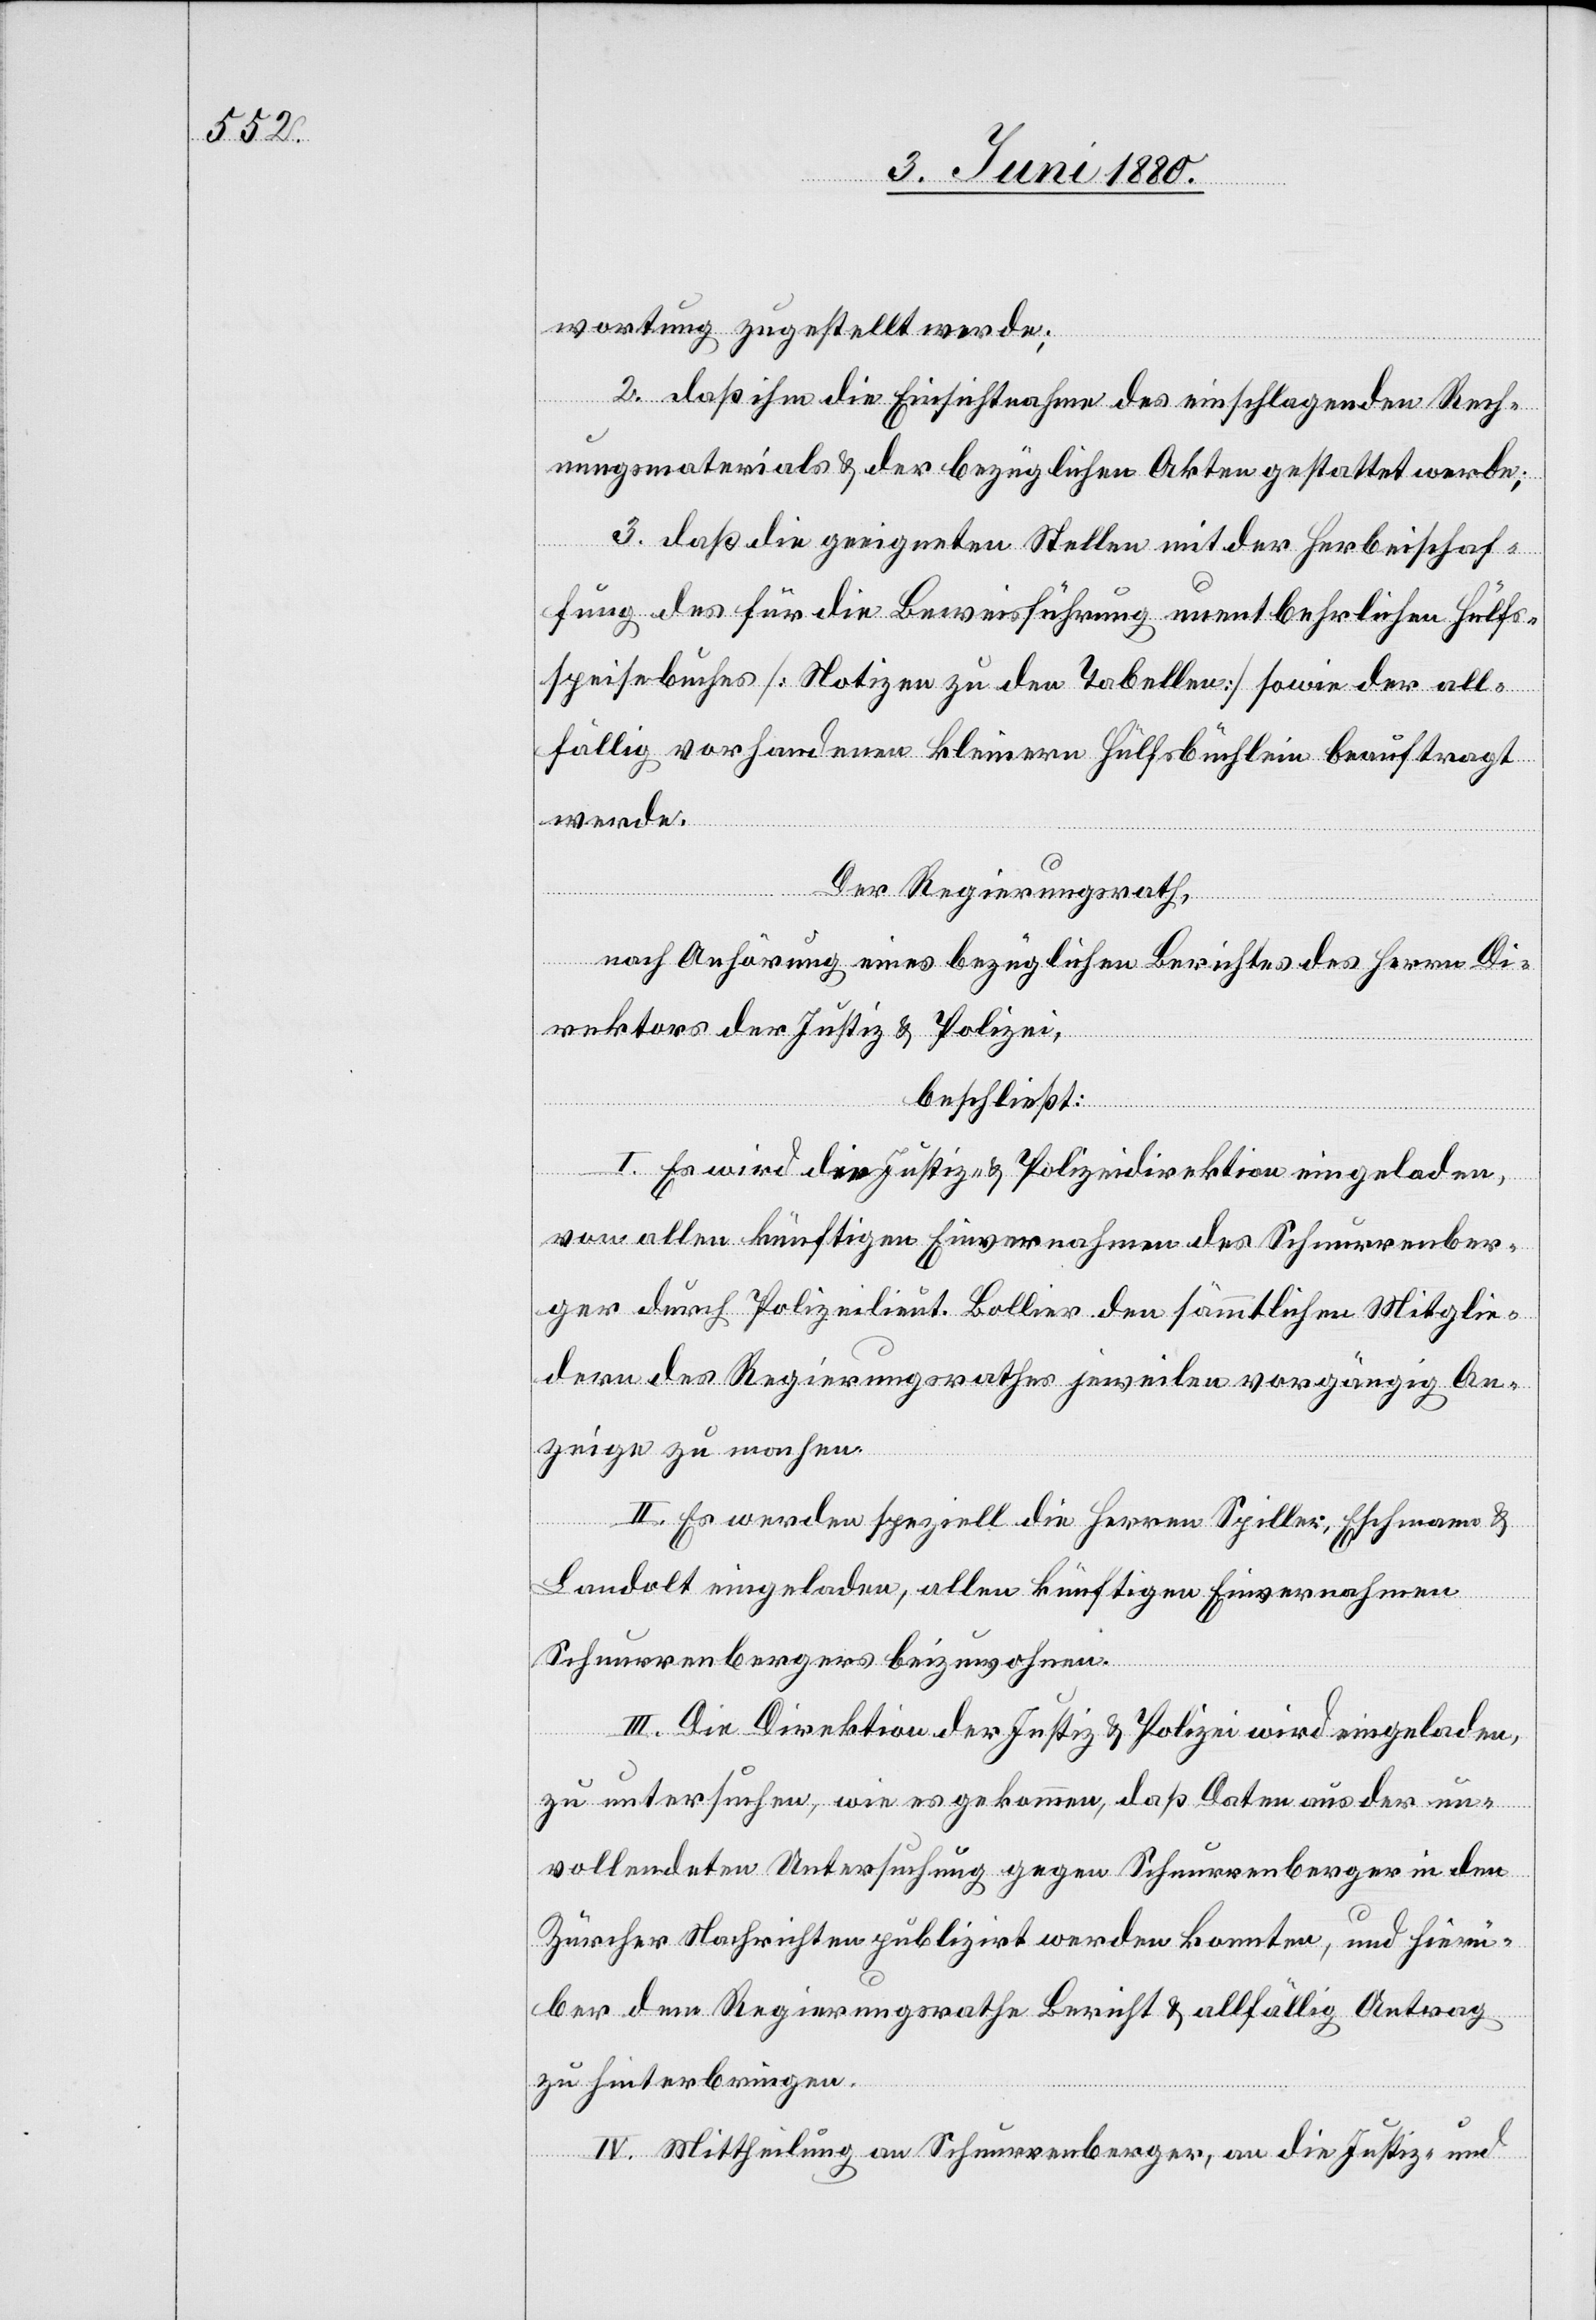
wortung zugestellt werde;
2. daß ihm die Einsichtnahme des einschlagenden Rech¬
nungsmaterials & der bezüglichen Akten gestattet werde;
3. daß die geeigneten Stellen mit der Herbeischaf¬
fung des für die Beweisführung unentbehrlichen Hülfs¬
speisebuches [Notizen zu den Tabellen] sowie der all¬
fällig vorhandenen kleinern Hülfsbücher beauftragt
werde.
Der Regierungsrath,
nach Anhörung eines bezüglichen Berichtes des Herrn Di¬
rektors der Justiz & Polizei,
beschließt:
I. Es wird die Justiz- & Polizeidirektion eingeladen,
von allen künftigen Einvernahmen des Schnurrenber¬
ger durch Polizeilieut. Bollier den sämmtlichen Mitglie¬
dern des Regierungsrathes jeweilen vorgängig An¬
zeige zu machen.
II. Es werden speziell die Herren Spiller, Eschmann &
Landolt eingeladen, allen künftigen Einvernahmen
Schnurrenbergers beizuwohnen.
III. Die Direktion der Justiz & Polizei wird eingeladen,
zu untersuchen, wie es gekommen, daß Daten aus der un¬
vollendeten Untersuchung gegen Schnurrenberger in den
Zürcher Nachrichten publizirt werden konnten, und hierü¬
ber dem Regierungsrathe Bericht & allfällig Antrag
zu hinterbringen.
IV. Mittheilung an Schnurrenberger, an die Justiz- und